Indian journal of veterinary science and animal husbandry - Volumes 15-17, 1948-1951
Year: 1948
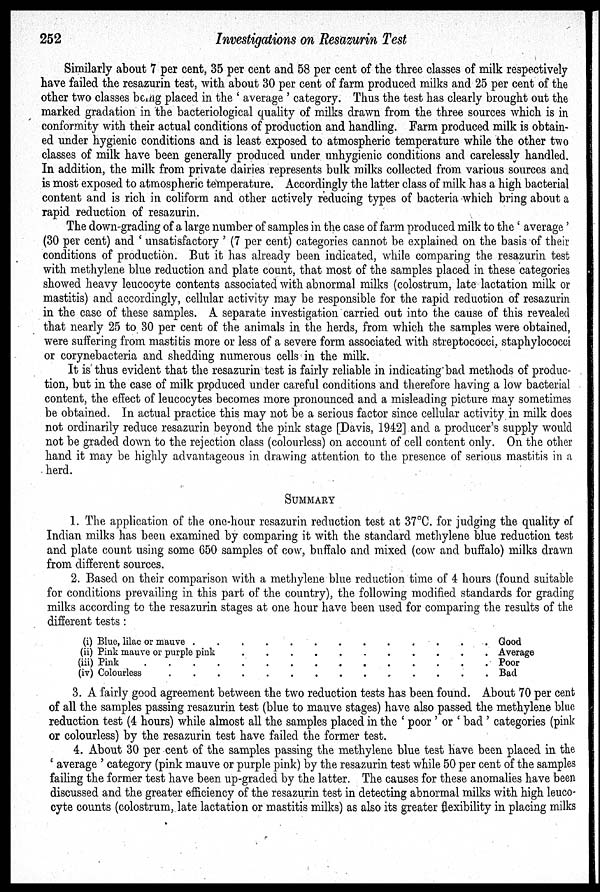
252
Investigations on Resazurin Test
Similarly about 7 per cent, 35 per cent and 58 per cent of the three classes of milk respectively
have failed the resazurin test, with about 30 per cent of farm produced milks and 25 per cent of the
other two classes being placed in the 'average' category. Thus the test has clearly brought out the
marked gradation in the bacteriological quality of milks drawn from the three sources which is in
conformity with their actual conditions of production and handling. Farm produced milk is obtain-
ed under hygienic conditions and is least exposed to atmospheric temperature while the other two
classes of milk have been generally produced under unhygienic conditions and carelessly handled.
In addition, the milk from private dairies represents bulk milks collected from various sources and
is most exposed to atmospheric temperature. Accordingly the latter class of milk has a high bacterial
content and is rich in coliform and other actively reducing types of bacteria which bring about a
rapid reduction of resazurin.
The down-grading of a large number of samples in the case of farm produced milk to the 'average'
(30 per cent) and 'unsatisfactory' (7 per cent) categories cannot be explained on the basis of their
conditions of production. But it has already been indicated, while comparing the resazurin test
with methylene blue reduction and plate count, that most of the samples placed in these categories
showed heavy leucocyte contents associated with abnormal milks (colostrum, late lactation milk or
mastitis) and accordingly, cellular activity may be responsible for the rapid reduction of resazurin
in the case of these samples. A separate investigation carried out into the cause of this revealed
that nearly 25 to 30 per cent of the animals in the herds, from which the samples were obtained,
were suffering from mastitis more or less of a severe form associated with streptococci, staphylococci
or corynebacteria and shedding numerous cells in the milk.
It is thus evident that the resazurin test is fairly reliable in indicating bad methods of produc-
tion, but in the case of milk produced under careful conditions and therefore having a low bacterial
content, the effect of leucocytes becomes more pronounced and a misleading picture may sometimes
be obtained. In actual practice this may not be a serious factor since cellular activity in milk does
not ordinarily reduce resazurin beyond the pink stage [Davis, 1942] and a producer's supply would
not be graded down to the rejection class (colourless) on account of cell content only. On the other
hand it may be highly advantageous in drawing attention to the presence of serious mastitis in a
herd.
SUMMARY
1. The application of the one-hour resazurin reduction test at 37°C. for judging the quality of
Indian milks has been examined by comparing it with the standard methylene blue reduction test
and plate count using some 650 samples of cow, buffalo and mixed (cow and buffalo) milks drawn
from different sources.
2. Based on their comparison with a methylene blue reduction time of 4 hours (found suitable
for conditions prevailing in this part of the country), the following modified standards for grading
milks according to the resazurin stages at one hour have been used for comparing the results of the
different tests :
(i) Blue, lilac or mauve . . . . . . . . . . . . .
(ii) Pink mauve or purple pink.
.
.
.
.
.
.
.
.
.
.
(iii) Pink . . . . . . . . . . . . .
(iv) Colourless . . . . . . . . . . . . .
Good
Average
Poor
Bad
3. A fairly good agreement between the two reduction tests has been found. About 70 per cent
of all the samples passing resazurin test (blue to mauve stages) have also passed the methylene blue
reduction test (4 hours) while almost all the samples placed in the 'poor' or 'bad' categories (pink
or colourless) by the resazurin test have failed the former test.
4. About 30 per cent of the samples passing the methylene blue test have been placed in the
'average' category (pink mauve or purple pink) by the resazurin test while 50 per cent of the samples
failing the former test have been up-graded by the latter. The causes for these anomalies have been
discussed and the greater efficiency of the resazurin test in detecting abnormal milks with high leuco-
cyte counts (colostrum, late lactation or mastitis milks) as also its greater flexibility in placing milks